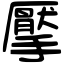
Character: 擪